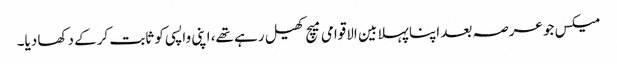
میکس جو عرصہ بعد اپنا پہلا بین الاقوامی میچ کھیل رہے تھے، اپنی واپسی کو ثابت کرکے دکھا دیا۔